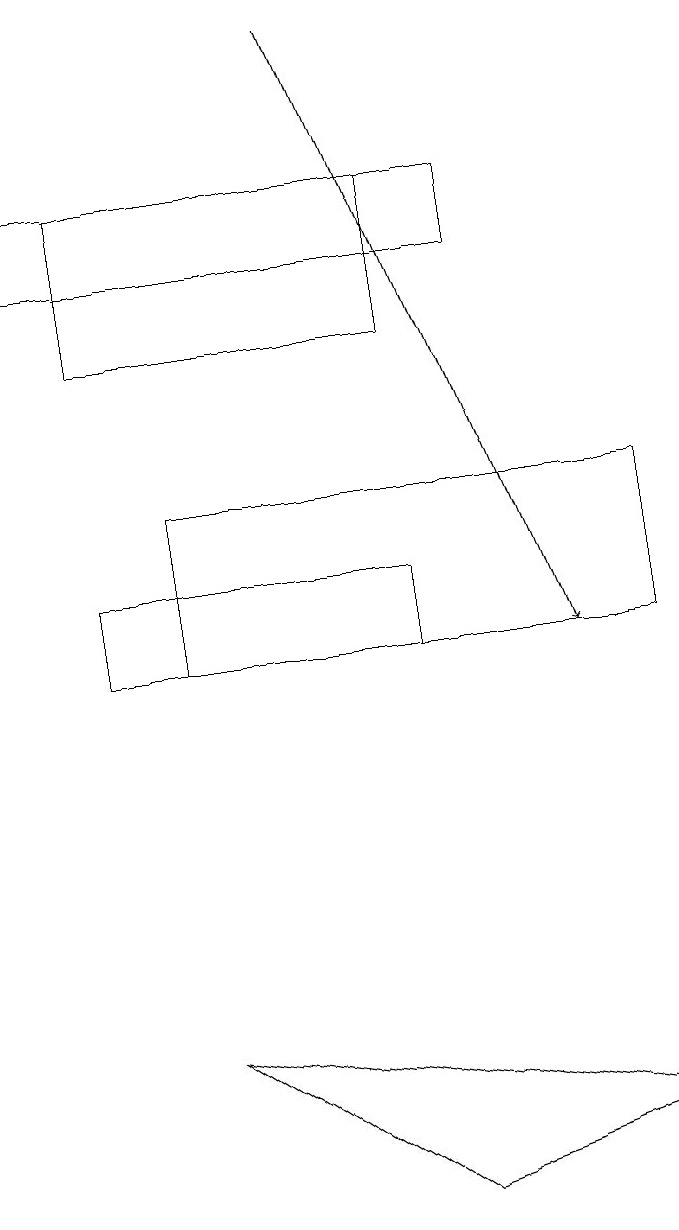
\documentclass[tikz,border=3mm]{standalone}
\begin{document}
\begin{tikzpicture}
\draw (0,15) rectangle (6,16);
\draw[->] (4,18) -- (7,10);
\draw (2,5) -- (8,4) -- (5,3) -- cycle;
\draw (1,11) rectangle (5,10);
\draw (5,16) rectangle (1,14);
\draw (8,12) rectangle (2,10);
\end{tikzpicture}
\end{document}